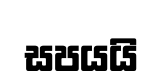
සපයයි